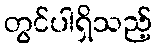
တွင်ပါရှိသည့်